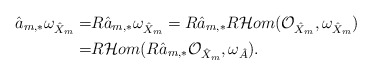
\begin{align*}\hat{a}_{m,*}\omega_{\hat{X}_m}=& R\hat{a}_{m,*}\omega_{\hat{X}_m}=R\hat{a}_{m,*}R\mathcal{H}om(\mathcal{O}_{\hat{X}_m},\omega_{\hat{X}_m}) \\=&R\mathcal{H}om(R\hat{a}_{m,*}\mathcal{O}_{\hat{X}_m},\omega_{\hat{A}}).\end{align*}